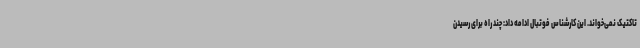
تاکتیک نمی‌خواند. این کارشناس فوتبال ادامه داد: چند راه برای رسیدن